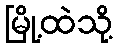
မြို့ထဲသို့